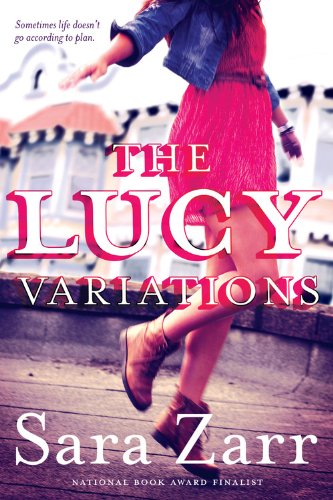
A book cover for The Lucy Variations; Sara Zarr; Teen & Young Adult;